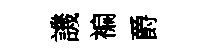
譏褊爵